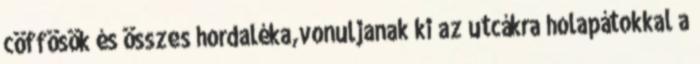
cöffösök és összes hordaléka,vonuljanak ki az utcákra holapátokkal a